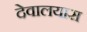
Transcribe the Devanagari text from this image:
देवालयास